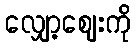
လျှော့ဈေးကို